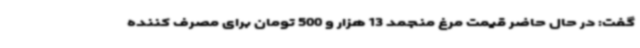
گفت: در حال حاضر قیمت مرغ منجمد 13 هزار و 500 تومان برای مصرف کننده